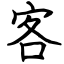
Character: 客